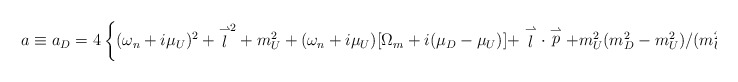
\begin{align*}a\equiv a_D=4\left \{(\omega_n+i\mu_U)^2+{\stackrel{\rightharpoonup}{l}}^2+m_U^2+(\omega_n+i\mu_U)[\Omega_m+i(\mu_D-\mu_U)]+\stackrel{\rightharpoonup}{l}\cdot \stackrel{\rightharpoonup}{p}+m^2_U(m_D^2-m_U^2)/(m_U^2+m_D^2)\right \}.\end{align*}